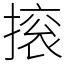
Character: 㨰